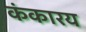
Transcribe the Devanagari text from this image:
कंकारय